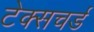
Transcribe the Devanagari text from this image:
टेक्सचर्ड